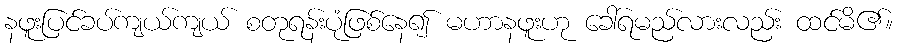
နဖူးပြင်ခပ်ကျယ်ကျယ် စတုရန်းပုံဖြစ်နေ၍ မဟာနဖူးဟု ခေါ်ရမည်လားလည်း ထင်မိ၏။